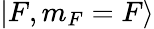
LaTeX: |F,m_{F}=F\rangle